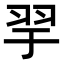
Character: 𦏴